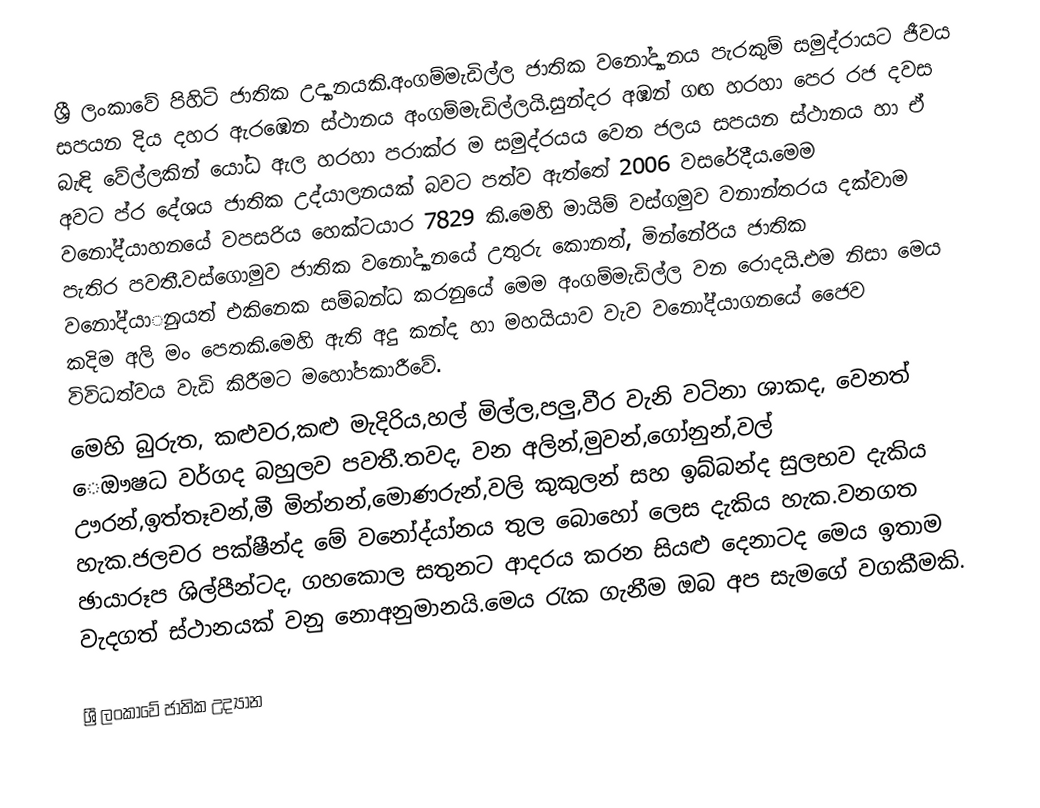
ශ්‍රී ලංකාවේ පිහිටි ජාතික උද්‍යානයකි.අංගම්මැඩිල්ල ජාතික වනෝද්‍යානය පැරකුම් සමුද්රායට ජීවය සපයන දිය දහර ඇරඹෙන ස්ථානය අංගම්මැඩිල්ලයි.සුන්දර අඹන් ගඟ හරහා පෙර රජ දවස බැඳි වේල්ලකින් යෝධ ඇල හරහා පරාක්ර ම සමුද්රයය වෙත ජලය සපයන ස්ථානය හා ඒ අවට ප්ර දේශය ජාතික උද්යාලනයක් බවට පත්ව ඇත්තේ 2006 වසරේදීය.මෙම වනෝද්යාහනයේ වපසරිය හෙක්ටයාර 7829 කි.මෙහි මායිම් වස්ගමුව වනාන්තරය දක්වාම පැතිර පවතී.වස්ගොමුව ජාතික වනෝද්‍යාන‍යේ උතුරු කොනත්, මින්නේරිය ජාතික වනෝද්යාුනයත් එකිනෙක සම්බන්ධ කරනුයේ මෙම අංගම්මැඩිල්ල වන රොදයි.එම නිසා මෙය කදිම අලි මං පෙතකි.මෙහි ඇති අදු කන්ද හා මහයියාව වැව වනෝද්යාගනයේ ජෛව විවිධත්වය වැඩි කිරීමට මහෝපකාරීවේ.
	මෙහි බුරුත, ක‍ළුවර,කළු මැදිරිය,හල් මිල්ල,පලු,වීර වැනි වටිනා ශාකද, වෙනත් ‍‍ෙඖෂධ වර්ගද බහුලව පවතී.තවද, වන අලින්,මුවන්,ගෝනුන්,වල් ඌරන්,ඉත්තෑවන්,මී මින්නන්,මොණරුන්,වලි කුකුලන් සහ ඉබ්බන්ද සුලභව දැකිය හැක.ජලචර පක්ෂීන්ද මේ වනෝද්යා්නය තුල බොහෝ ලෙස දැකිය හැක.වනගත ඡායාරූප ශිල්පීන්ටද, ගහකොල සතුනට ආදරය කරන සියළු දෙනාටද මෙය ඉතාම වැදගත් ස්ථානයක් වනු නොඅනුමානයි.මෙය රැක ගැනීම ඔබ අප සැමගේ වගකීමකි.

ශ්‍රී ලංකාවේ ජාතික උද්‍යාන